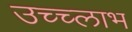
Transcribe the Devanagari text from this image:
उच्च्लाभ